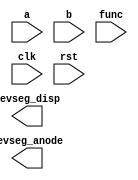
module Lab2_top(
	output [6:0] sevseg_disp,
	output [3:0] sevseg_anode,
	input	[2:0] a, b, func,
	input clk, rst, 
    );


endmodule